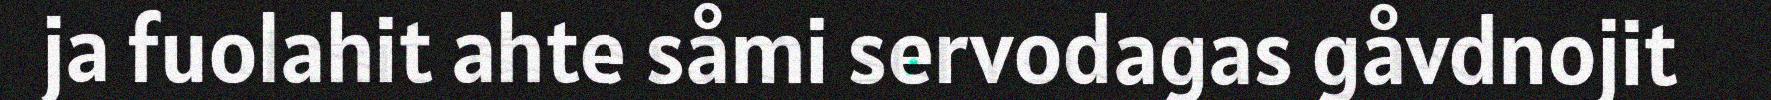
ja fuolahit ahte såmi servodagas gåvdnojit